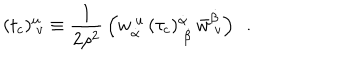
LaTeX: ( t _ { c } ) _ { ~ v } ^ { u } \equiv { \frac { 1 } { 2 \rho ^ { 2 } } } \left( w _ { \dot { \alpha } } ^ { ~ u } \, ( \tau _ { c } ) _ { ~ \dot { \beta } } ^ { \dot { \alpha } } \, \bar { w } _ { ~ v } ^ { \dot { \beta } } \right) ~ ~ .